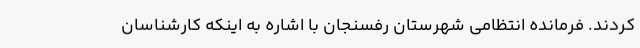
کردند. فرمانده انتظامی شهرستان رفسنجان با اشاره به اینکه کارشناسان